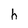
Character: h